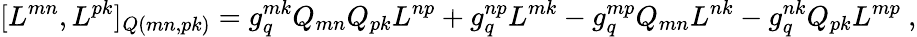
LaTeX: [L^{mn},L^{pk}]_{Q(mn,pk)}=g_{q}^{mk}Q_{mn}Q_{pk}L^{np}+g_{q}^{np}L^{mk}-g_{q}^{mp}Q_{mn}L^{nk}-g_{q}^{nk}Q_{pk}L^{mp}\ ,